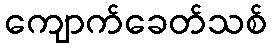
ကျောက်ခေတ်သစ်